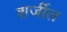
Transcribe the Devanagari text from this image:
शर्जील